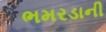
ભમરડાની